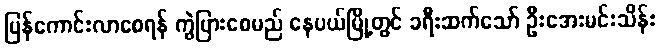
ပြန်ကောင်းလာစေရန် ကွဲပြားစေမည် နေပယ်မြို့တွင် ခရီးဆက်သော် ဦးအေးမင်းသိန်း